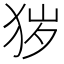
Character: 𤞃